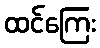
ထင်ကြေး